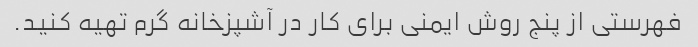
فهرستی از پنج روش ایمنی برای کار در آشپزخانه گرم تهیه کنید.